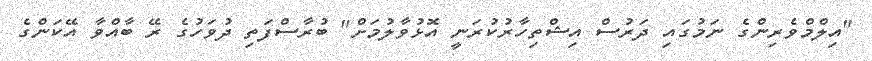
"އިލްމްވެރިންގެ ނަމުގައި ދަރުސް އިޝްތިހާރުކުރަނީ އޮޅުވާލުމަށް" ބުރާސްފަތި ދުވަހުގެ ރޭ ބާއްވާ އޭކަންގެ